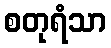
စတုရံသာ